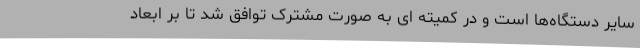
سایر دستگاه‌ها است و در کمیته ای به صورت مشترک توافق شد تا بر ابعاد